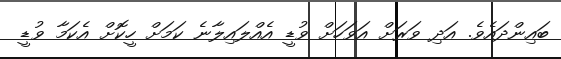
ބައިންދައެވެ. އަދި ވަރަށް އަވަހަށް ވުޑީ އެއްލައިލާނެ ކަމަށް ހީކޮށް އެކަމާ ވުޑީ